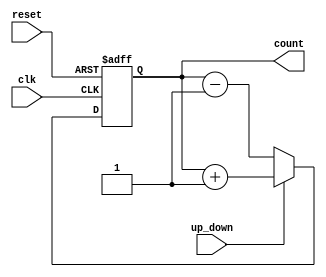
module gray_counter(
    input wire clk,
    input wire reset,
    input wire up_down,
    output reg [N-1:0] count
);

parameter N = 4; // number of bits for counter

reg [N-1:0] gray_code;
reg [N-1:0] next_gray_code;

always @(posedge clk or posedge reset) begin
    if (reset) begin
        gray_code <= 0;
    end else begin
        if (up_down) begin
            next_gray_code = gray_code + 1;
        end else begin
            next_gray_code = gray_code - 1;
        end
        
        gray_code <= next_gray_code;
    end
end

assign count = gray_code;

endmodule